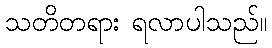
သတိတရား ရလာပါသည်။